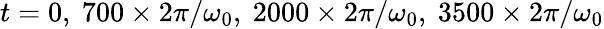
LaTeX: t=0,\ 700\times 2\pi/\omega_{0},\ 2000\times 2\pi/\omega_{0},\ 3500\times 2\pi/\omega_{0}